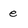
Character: e